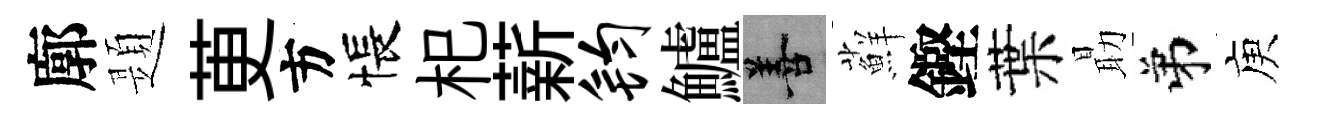
廓題茰方悵𣏌薪钧鱸善蘚鏗葉朂弟庾